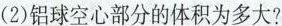
(2)铝球空心部分的体积为多大?